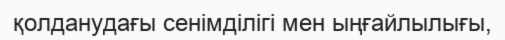
қолданудағы сенімділігі мен ыңғайлылығы,